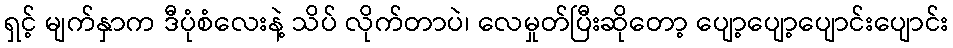
ရှင့် မျက်နှာက ဒီပုံစံလေးနဲ့ သိပ် လိုက်တာပဲ၊ လေမှုတ်ပြီးဆိုတော့ ပျော့ပျော့ပျောင်းပျောင်း